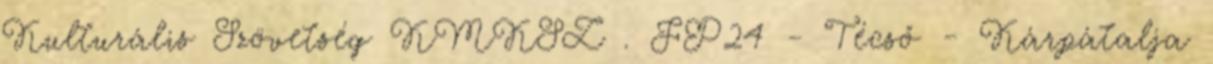
Kulturális Szövetség KMKSZ . FP24 - Técső - Kárpátalja